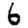
Digit: 6